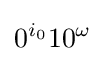
0^{i_{0}}10^{\omega }